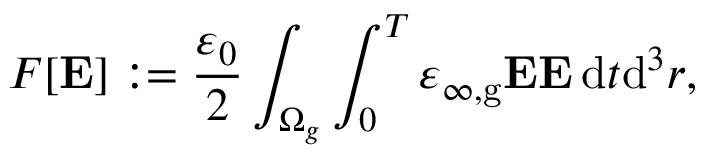
F [ \mathbf { E } ] : = \frac { \varepsilon _ { 0 } } { 2 } \int _ { \Omega _ { g } } \int _ { 0 } ^ { T } \varepsilon _ { \infty , \mathrm { g } } \mathbf { E } \mathbf { E } \, \mathrm { d } t \mathrm { d } ^ { 3 } r ,